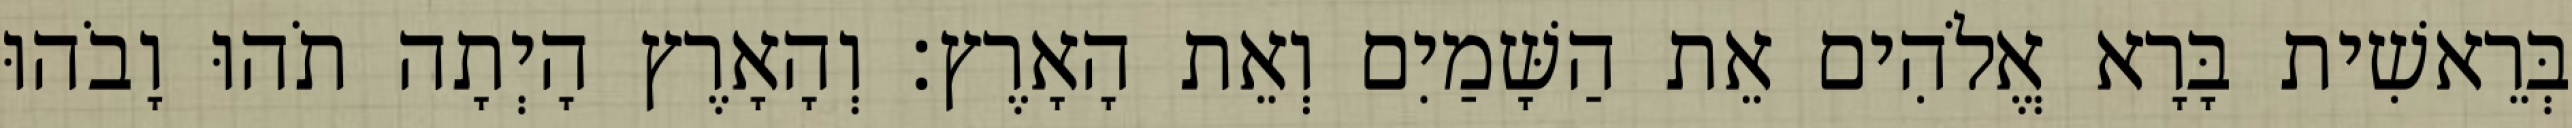
בְּרֵאשִׁית בָּרָא אֱלֹהִים אֵת הַשָּׁמַיִם וְאֵת הָאָרֶץ׃ וְהָאָרֶץ הָיְתָה תֹהוּ וָבֹהוּ